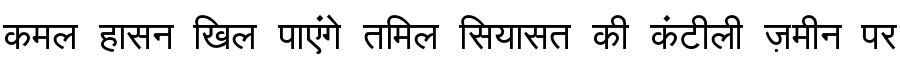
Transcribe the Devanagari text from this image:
कमल हासन खिल पाएंगे तमिल सियासत की कंटीली ज़मीन पर